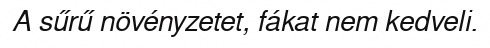
A sűrű növényzetet, fákat nem kedveli.